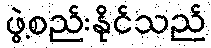
ဖွဲ့စည်းနိုင်သည်